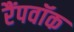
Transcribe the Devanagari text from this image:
रैंपवॉक